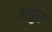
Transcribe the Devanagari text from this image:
भङुर